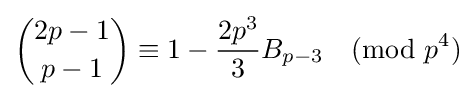
{\binom {2p-1}{p-1}}\equiv 1-{\frac {2p^{3}}{3}}B_{p-3}{\pmod {p^{4}}}